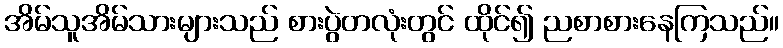
အိမ်သူအိမ်သားများသည် စားပွဲတလုံးတွင် ထိုင်၍ ညစာစားနေကြသည်။